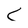
Character: C